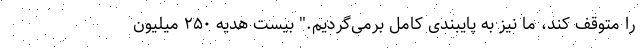
را متوقف کند، ما نیز به پایبندی کامل برمی‌گردیم." بیست هدیه ٢۵٠ میلیون